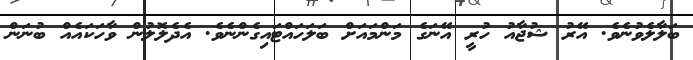
ބަލާލެވުނެވެ. އޭރު ޝުޖާއު ހުރީ އޭނަގެ މަންމައަށް ބަލަހައްޓައިގެންނެވެ. އެދެލޮލުން ވާހަކައެއް ބުނަން